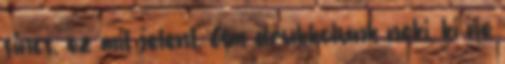
sincs, ez mit jelent. Ám drukkolunk neki, ki ne